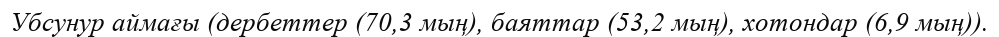
Убсунур аймағы (дербеттер (70,3 мың), баяттар (53,2 мың), хотондар (6,9 мың)).